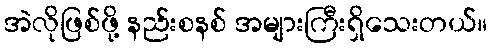
အဲလိုဖြစ်ဖို့ နည်းစနစ် အများကြီးရှိသေးတယ်။